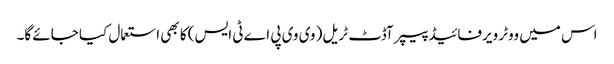
اس میں ووٹر ویرفائیڈ پیپر آڈٹ ٹریل( وی وی پی اے ٹی ایس) کا بھی استعمال کیا جائے گا۔